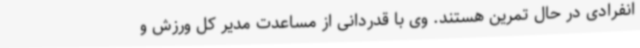
انفرادی در حال تمرین هستند. وی با قدردانی از مساعدت مدیر کل ورزش و